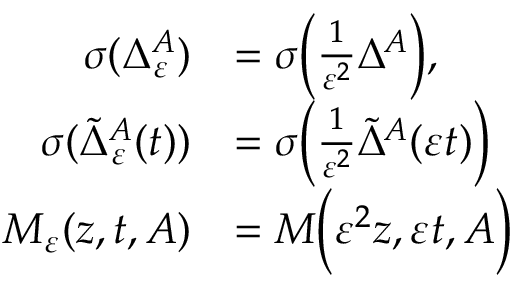
\begin{array} { r l } { \sigma ( \Delta _ { \varepsilon } ^ { A } ) } & { = \sigma \Big ( \frac { 1 } { \varepsilon ^ { 2 } } \Delta ^ { A } \Big ) , } \\ { \sigma ( \widetilde { \Delta } _ { \varepsilon } ^ { A } ( t ) ) } & { = \sigma \Big ( \frac { 1 } { \varepsilon ^ { 2 } } \widetilde { \Delta } ^ { A } ( \varepsilon t ) \Big ) } \\ { M _ { \varepsilon } ( z , t , A ) } & { = M \Big ( \varepsilon ^ { 2 } z , \varepsilon t , A \Big ) } \end{array}